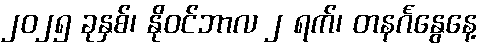
၂၀၂၅ ခုနှစ်၊ နိုဝင်ဘာလ ၂ ရက်၊ တနင်္ဂနွေနေ့